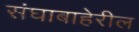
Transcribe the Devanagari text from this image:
संघाबाहेरील